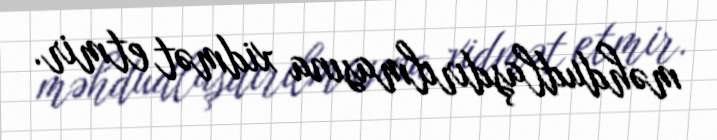
məhdudlaşdırılmasına xidmət etmir.